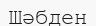
Шәбден